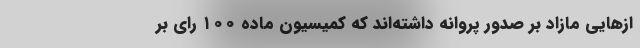
از‌هایی مازاد بر صدور پروانه داشته‌اند که کمیسیون ماده ۱۰۰ رای بر